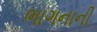
ભાગનાની